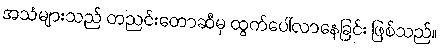
အသံများသည် တညင်းတောဆီမှ ထွက်ပေါ်လာနေခြင်း ဖြစ်သည်။